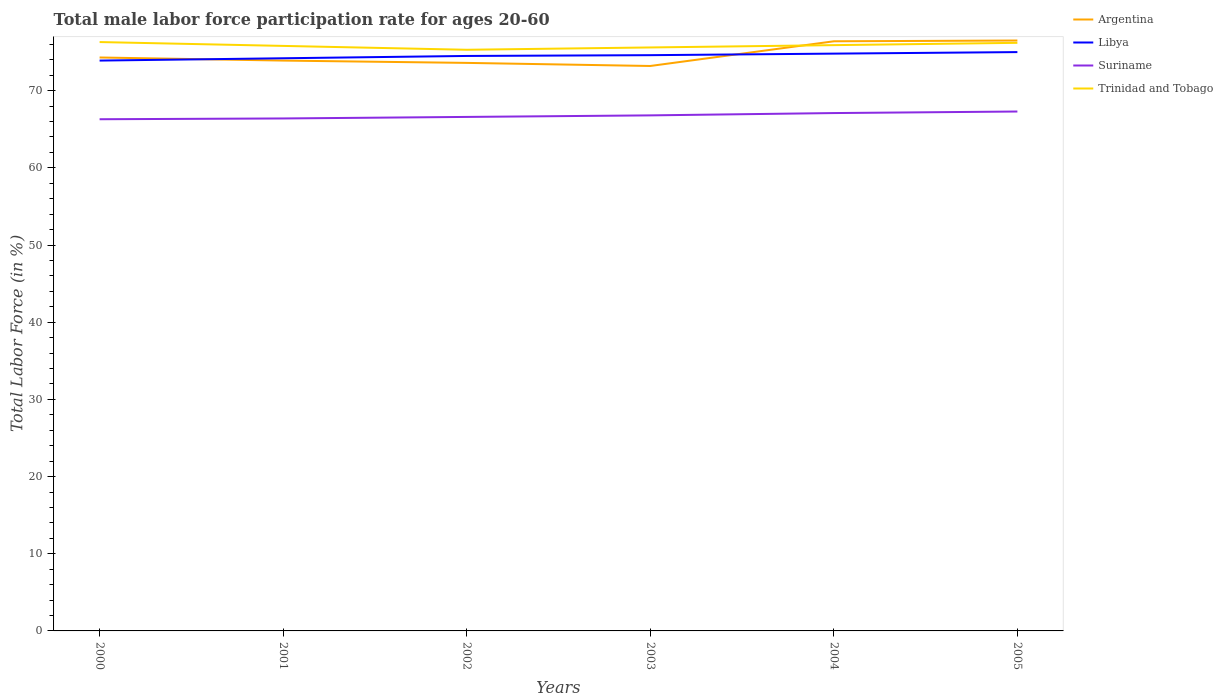
| Years | Argentina | Libya | Suriname | Trinidad and Tobago |
 | --- | --- | --- | --- | --- |
 | 2000 | 74.3 | 73.9 | 66.3 | 76.3 |
 | 2001 | 73.9 | 74.2 | 66.4 | 75.8 |
 | 2002 | 73.6 | 74.5 | 66.6 | 75.3 |
 | 2003 | 73.2 | 74.6 | 66.8 | 75.6 |
 | 2004 | 76.4 | 74.8 | 67.1 | 75.9 |
 | 2005 | 76.5 | 75 | 67.3 | 76.2 |